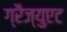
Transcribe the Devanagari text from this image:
ग्रैज्युएट